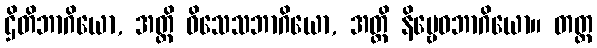
ဌိတိဘာဂိယော, အတ္ထိ ဝိသေသဘာဂိယော, အတ္ထိ နိဗ္ဗေဓဘာဂိယော။ တတ္ထ